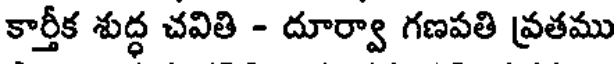
కార్తీక శుద్ధ చవితి - దూర్వా గణపతి వ్రతము